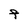
Character: F